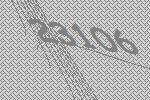
23106